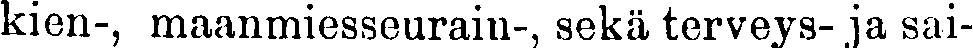
kien-, maanmiesseurain-, sekä terveys-ja sai-